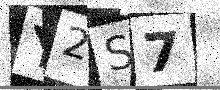
Text: Y2S7